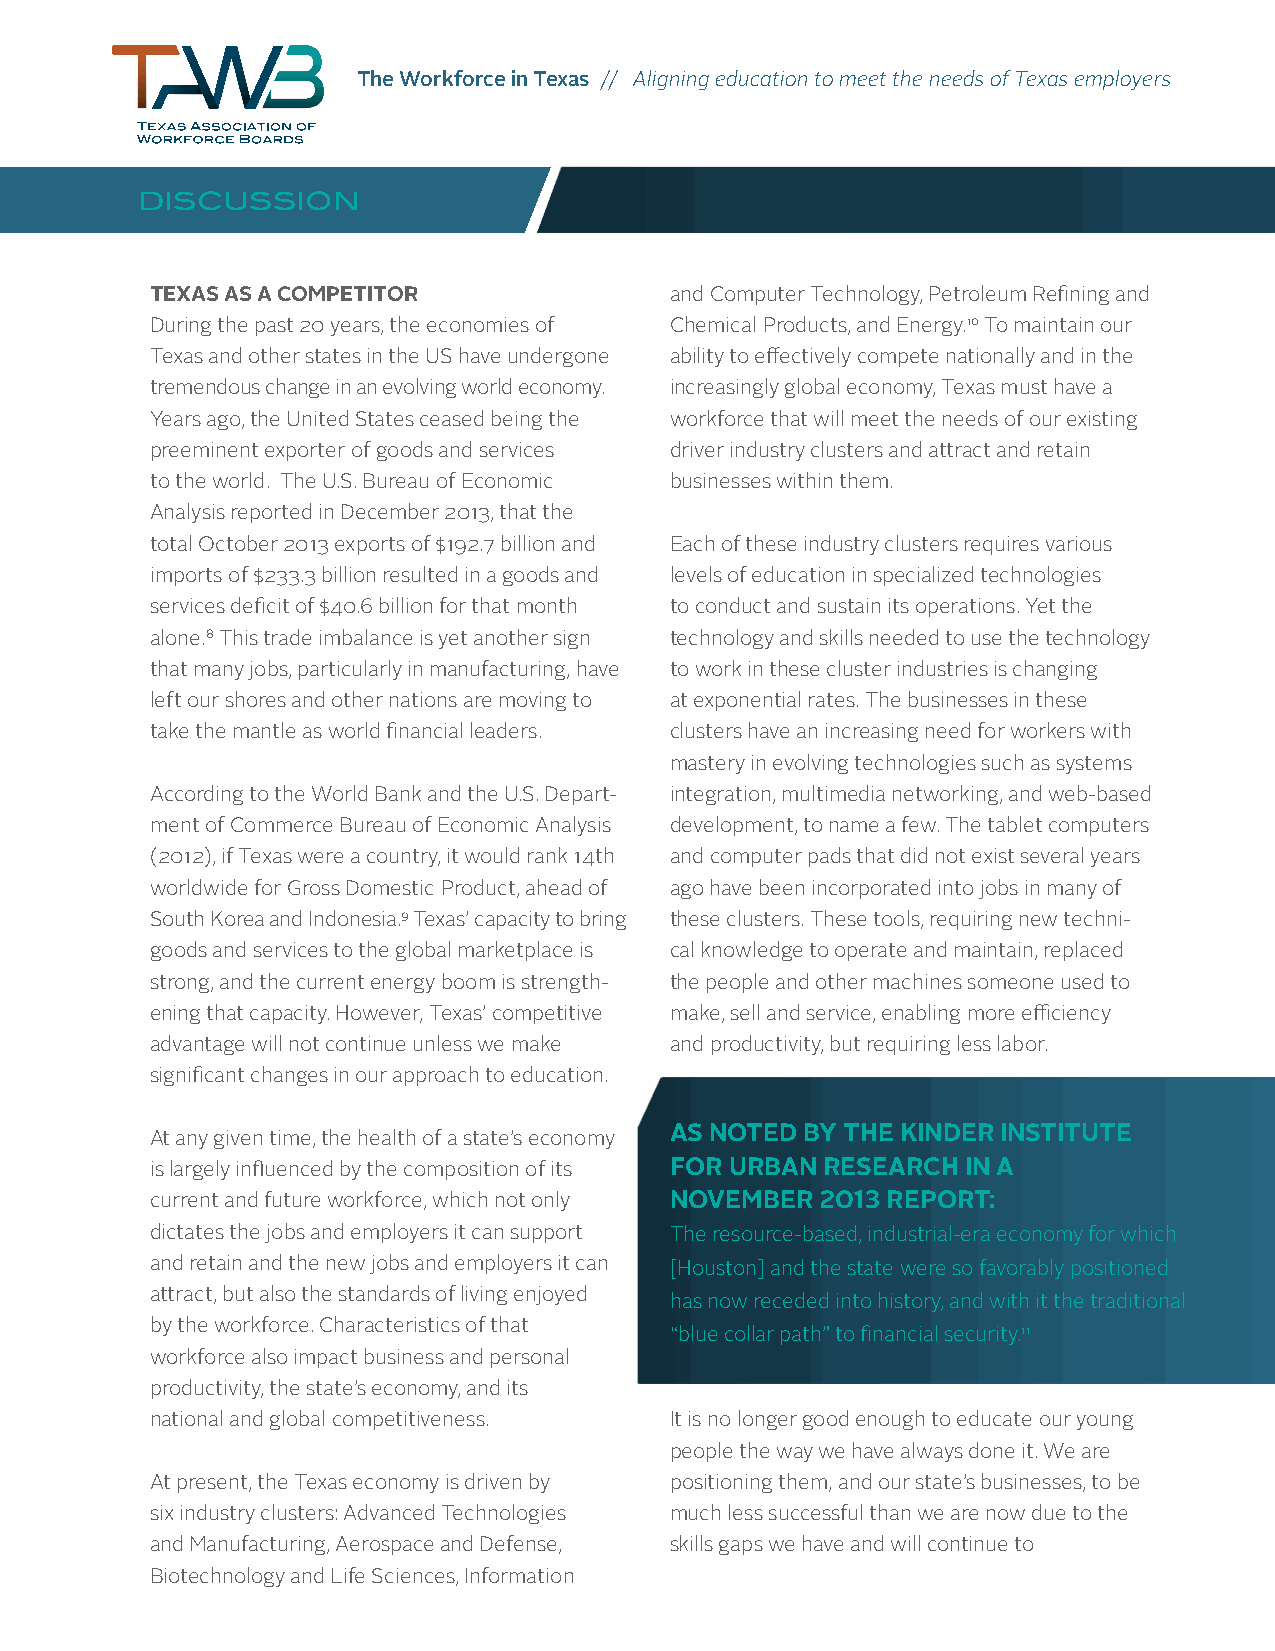
The Workforce in Texas // Aligning education to meet the needs of Texas employers
 DISCUSSION
 TEXAS AS A COMPETITOR             and Computer Technology, Petroleum Refining and
 During the past 20 years, the economies of Chemical Products, and Energy.10 To maintain our
 Texas and other states in the US have undergone ability to effectively compete nationally and in the
 tremendous change in an evolving world economy. increasingly global economy, Texas must have a
 Years ago, the United States ceased being the workforce that will meet the needs of our existing
 preeminent exporter of goods and services driver industry clusters and attract and retain
 to the world. The U.S. Bureau of Economic businesses within them.
 Analysis reported in December 2013, that the
 total October 2013 exports of $192.7 billion and Each of these industry clusters requires various
 imports of $233.3 billion resulted in a goods and levels of education in specialized technologies
 services deficit of $40.6 billion for that month to conduct and sustain its operations. Yet the
 alone.8 This trade imbalance is yet another sign technology and skills needed to use the technology
 that many jobs, particularly in manufacturing, have to work in these cluster industries is changing
 left our shores and other nations are moving to at exponential rates. The businesses in these
 take the mantle as world financial leaders. clusters have an increasing need for workers with
 mastery in evolving technologies such as systems
 According to the World Bank and the U.S. Depart- integration, multimedia networking, and web-based
 ment of Commerce Bureau of Economic Analysis development, to name a few. The tablet computers
 (2012), if Texas were a country, it would rank 14th and computer pads that did not exist several years
 worldwide for Gross Domestic Product, ahead of ago have been incorporated into jobs in many of
 South Korea and Indonesia.9 Texas’ capacity to bring these clusters. These tools, requiring new techni-
 goods and services to the global marketplace is cal knowledge to operate and maintain, replaced
 strong, and the current energy boom is strength- the people and other machines someone used to
 ening that capacity. However, Texas’ competitive make, sell and service, enabling more efficiency
 advantage will not continue unless we make and productivity, but requiring less labor.
 significant changes in our approach to education.
 At any given time, the health of a state’s economy AS NOTED BY THE KINDER INSTITUTE
 is largely influenced by the composition of its FOR URBAN RESEARCH IN A
 current and future workforce, which not only NOVEMBER 2013 REPORT:
 dictates the jobs and employers it can support The resource-based, industrial-era economy for which
 and retain and the new jobs and employers it can [Houston] and the state were so favorably positioned
 attract, but also the standards of living enjoyed
 has now receded into history, and with it the traditional
 by the workforce. Characteristics of that
 “blue collar path” to financial security.11
 workforce also impact business and personal
 productivity, the state’s economy, and its
 national and global competitiveness. It is no longer good enough to educate our young
 people the way we have always done it. We are
 At present, the Texas economy is driven by positioning them, and our state’s businesses, to be
 six industry clusters: Advanced Technologies much less successful than we are now due to the
 and Manufacturing, Aerospace and Defense, skills gaps we have and will continue to
 Biotechnology and Life Sciences, Information